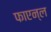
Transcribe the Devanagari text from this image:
फाएन्ल